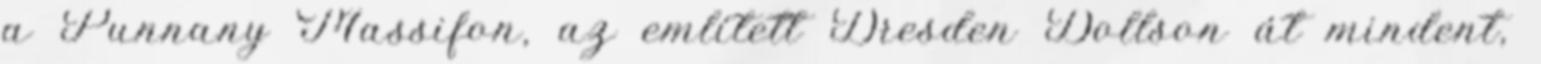
a Punnany Massifon, az említett Dresden Dollson át mindent,